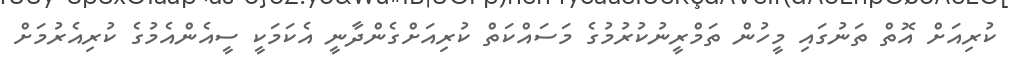
ކުރިއަށް އޮތް ތަނުގައި މީހުން ތަމްރީނުކުރުމުގެ މަސައްކަތް ކުރިއަށްގެންދާނީ އެކަމަކީ ސީއެންއެމުގެ ކުރިއެރުމަށް